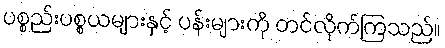
ပစ္စည်းပစ္စယများနှင့် ပန်းများကို တင်လိုက်ကြသည်။